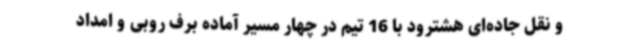
و نقل جاده‌ای هشترود با 16 تیم در چهار مسیر آماده برف روبی و امداد